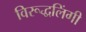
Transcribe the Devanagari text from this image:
विरूद्धलिंगी